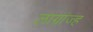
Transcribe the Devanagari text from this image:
लाग्रांज्ह